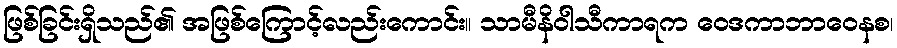
ဖြစ်ခြင်းရှိသည်၏ အဖြစ်ကြောင့်လည်းကောင်း။ သာမီနိဝါသီကာရက ဝေဒကာဘာဝေနစ၊